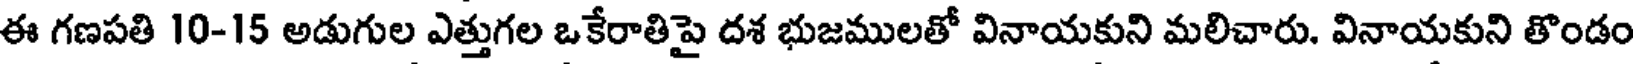
ఈ గణపతి 10-15 అడుగుల ఎత్తుగల ఒకేరాతిపై దశ భుజములతో వినాయకుని మలిచారు. వినాయకుని తొండం